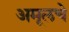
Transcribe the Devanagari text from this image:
अमूलचे